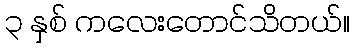
၃ နှစ် ကလေးတောင်သိတယ်။